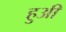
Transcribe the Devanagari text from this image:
हुअी